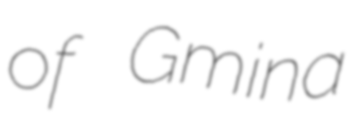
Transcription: of Gmina